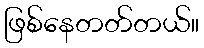
ဖြစ်နေတတ်တယ်။